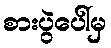
စားပွဲပေါ်မှ